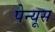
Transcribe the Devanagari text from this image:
पेन्यूस